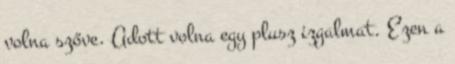
volna szőve. Adott volna egy plusz izgalmat. Ezen a